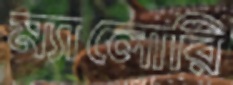
ম্যালোরি